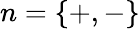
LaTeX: n=\{ +,-\}